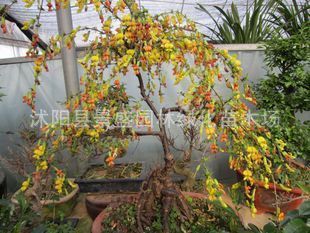
菀菀黄柳丝，濛濛杂花垂。